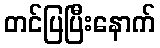
တင်ပြပြီးနောက်